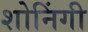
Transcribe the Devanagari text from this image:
शोनिंगी